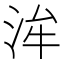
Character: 洠